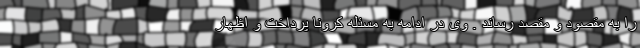
را به مقصود و مقصد رساند . وی در ادامه به مسئله کرونا پرداخت و اظهار